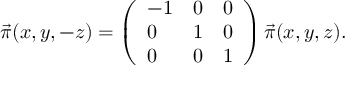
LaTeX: \vec { \pi } ( x , y , - z ) = \left( \begin{array} { l l l } { { - 1 } } & { { 0 } } & { { 0 } } \\ { { 0 } } & { { 1 } } & { { 0 } } \\ { { 0 } } & { { 0 } } & { { 1 } } \end{array} \right) \vec { \pi } ( x , y , z ) .